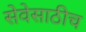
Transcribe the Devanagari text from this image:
सेवेसाठीच